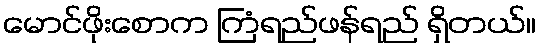
မောင်ဖိုးစောက ကြံရည်ဖန်ရည် ရှိတယ်။